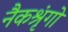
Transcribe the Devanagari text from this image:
नैकश्रृंगो